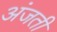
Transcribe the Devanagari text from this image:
अंजती